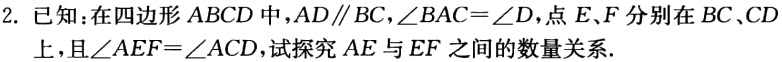
2. 已知：在四边形 \(ABCD\) 中，\(AD\parallel BC\)，\(\angle BAC = \angle D\)，点 \(E、F\) 分别在 \(BC、CD\) 上，且\(\angle AEF=\angle ACD\)，试探究 \(AE\) 与 \(EF\) 之间的数量关系.